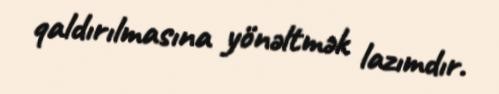
qaldırılmasına yönəltmək lazımdır.